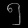
Digit: ၅